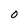
Character: 0